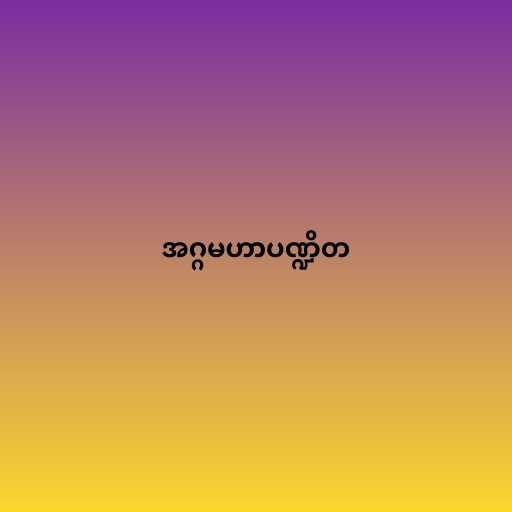
အဂ္ဂမဟာပဏ္ဍိတ